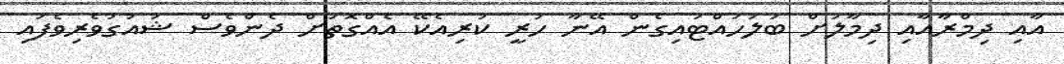
އާއި ދިމްރާއާއި ދިމާލަށް ބަލަހައްޓައިގެން އޭނާ ހުރީ ކުރިއެކޭ އެއްގޮތަށް ދެންވެސް ޝައުގުވެރިވެފައި